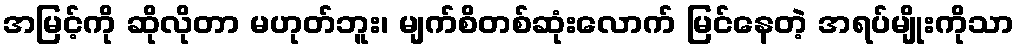
အမြင့်ကို ဆိုလိုတာ မဟုတ်ဘူး၊ မျက်စိတစ်ဆုံးလောက် မြင်နေတဲ့ အရပ်မျိုးကိုသာ